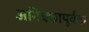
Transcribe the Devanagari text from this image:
अनिक्छापूर्वक